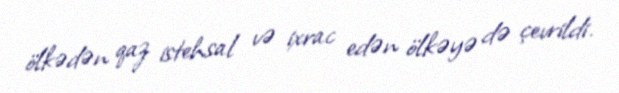
ölkədən qaz istehsal və ixrac edən ölkəyə də çevrildi.